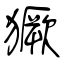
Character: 獗